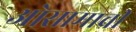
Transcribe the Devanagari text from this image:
ओसामाची